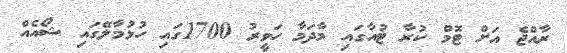
ރާއްޖެ އަށް ޓޮމް ކުރާ ޓުއާގައި މާދަމާ ހަވީރު 1700ގައި ހުޅުމާލޭގައި ޝޯއެއް